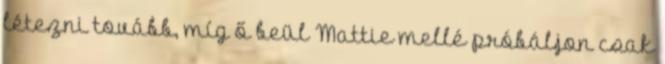
létezni tovább, míg ő beül Mattie mellé próbáljon csak